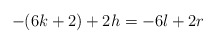
\begin{align*}- (6k+2) + 2 h = - 6 l + 2 r\end{align*}